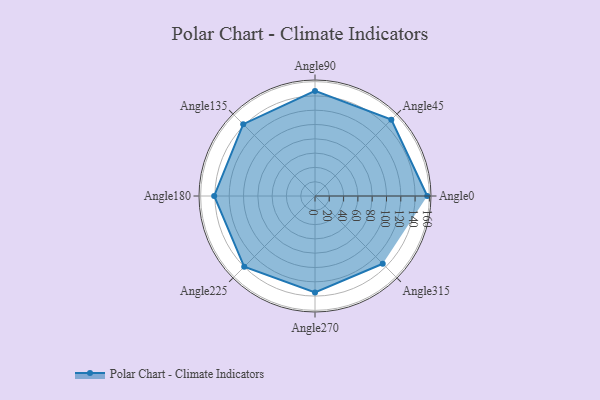
{"axis": {"x": "Angle", "y": "Radius"}, "legend": [""], "data": [{"x": "Angle0", "y": 157.0, "type": ""}, {"x": "Angle45", "y": 151.0, "type": ""}, {"x": "Angle90", "y": 147.0, "type": ""}, {"x": "Angle135", "y": 142.0, "type": ""}, {"x": "Angle180", "y": 141.0, "type": ""}, {"x": "Angle225", "y": 140.0, "type": ""}, {"x": "Angle270", "y": 135.0, "type": ""}, {"x": "Angle315", "y": 134.0, "type": ""}]}